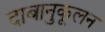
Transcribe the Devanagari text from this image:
दाबानुकूलन